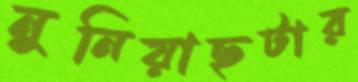
নুনিয়াছটার